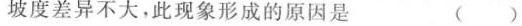
坡度差异不大，此现象形成的原因是 (